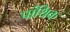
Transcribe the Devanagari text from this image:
पांथिक